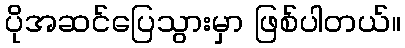
ပိုအဆင်ပြေသွားမှာ ဖြစ်ပါတယ်။